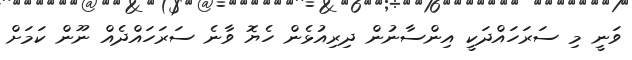
ވަނީ މި ސަރަހައްދަކީ އިންސާނުން ދިރިއުޅެން ހެޔޮ ވާނެ ސަރަހައްދެއް ނޫން ކަމަށް